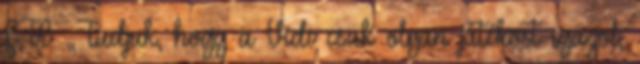
FTC: „Tudjuk, hogy a Vidi csak olyan játékost igazol,